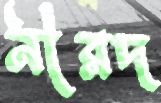
নীরদ